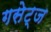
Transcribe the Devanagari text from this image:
गसेट्ज